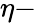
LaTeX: \eta-